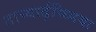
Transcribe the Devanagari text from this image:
ताच्यार्ढ़य्थ्मिया